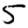
Digit: 5